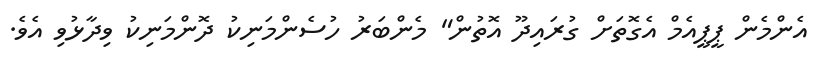
އެންމެން ޕީޕީއެމް އެގޮތަށް ގުރައިދޫ އޮތުން" މެންބަރު ހުސެންމަނިކު ދޮންމަނިކު ވިދާޅުވި އެވެ.